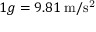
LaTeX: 1 g = 9 . 8 1 \; \mathrm { m / s ^ { 2 } }